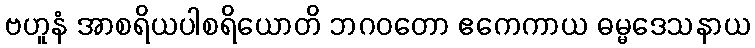
ဗဟူနံ အာစရိယပါစရိယောတိ ဘဂဝတော ဧကေကာယ ဓမ္မဒေသနာယ